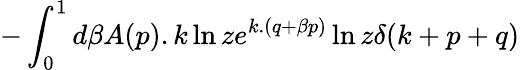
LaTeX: -\int_{0}^{1}d\beta A(p).k\ln ze^{k.(q+\beta p)}\ln z\delta(k+p+q)